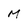
Character: M